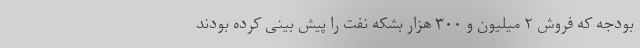
بودجه که فروش ۲ میلیون و ۳۰۰ هزار بشکه نفت را پیش بینی کرده بودند